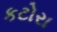
કટોરા